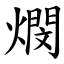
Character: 燘